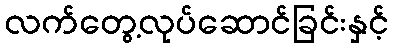
လက်တွေ့လုပ်ဆောင်ခြင်းနှင့်